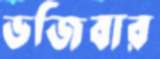
ভজিবার